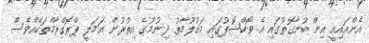
އެންއައިއީ އިން ބުނާގޮތުގައި އެ ވޯކްޝޮޕުގައި މައުލޫމާތު ދިނުމުގެ އިތުރުން އަމަލީ ޕްރޮގްރާމްތަކެއްވެސް